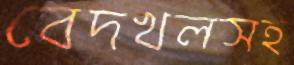
বেদখলসহ